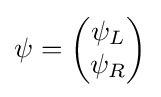
\psi ={\begin{pmatrix}\psi _{L}\\\psi _{R}\end{pmatrix}}